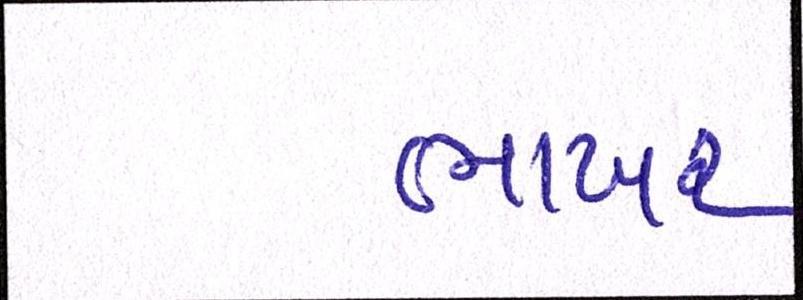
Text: ભાખર